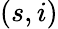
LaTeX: (s,i)